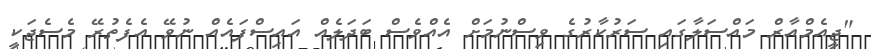
"ޖީއެމްއާރް މައްސަލާގައި ސަރުކާރުގެ ވިސްނުމަށް އެއްވެސް ބަދަލެއް އައިސްފައެއް ނުވޭ އެފެތުރޭ މެސެޖަކީ